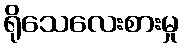
ရိုသေလေးစားမှု